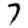
Digit: 7